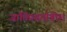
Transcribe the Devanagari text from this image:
जातिप्रवर्गातील